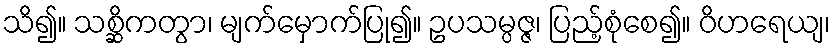
သိ၍။ သစ္ဆိကတွာ၊ မျက်မှောက်ပြု၍။ ဥပသမ္ပဇ္ဇ၊ ပြည့်စုံစေ၍။ ဝိဟရေယျ၊